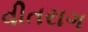
વીતરાગ